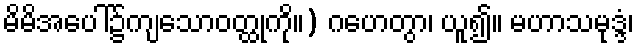
မိမိအပေါ်၌ကျသောဝတ္ထုကို။) ဂဟေတွာ၊ ယူ၍။ မဟာသမုဒ္ဒံ၊